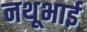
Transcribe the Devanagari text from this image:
नथूभाई